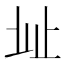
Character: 𣥠